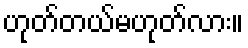
ဟုတ်တယ်မဟုတ်လား။